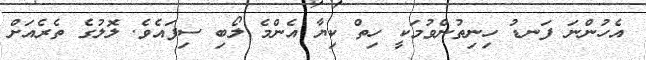
އެހުންނަ ފަނޑު ހިނިތުންވުމަކީ ހިތް ކިޔާ އެންމެ ލޯބި ސިފައެވެ. ލޮލުގެ ތެރެއަށް